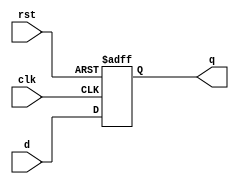
module flip_flop (
    input wire clk,
    input wire rst,
    input wire d,
    output reg q
);

always @(posedge clk or posedge rst) begin
    if (rst) begin
        q <= 1'b0;
    end else begin
        q <= d;
    end
end

endmodule